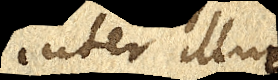
inter illud